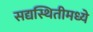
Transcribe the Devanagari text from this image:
सद्यस्थितीमध्ये